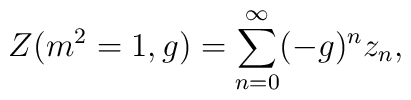
Z(m^{2}=1,g)=\sum_{n=0}^{\infty}(-g)^{n}z_{n},